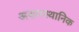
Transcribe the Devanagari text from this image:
असमस्थानिक